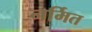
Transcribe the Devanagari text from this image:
नर्मित